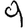
Digit: 9